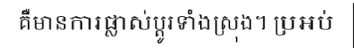
គឺមានការផ្លាស់ប្តូរទាំងស្រុង។ ប្រអប់